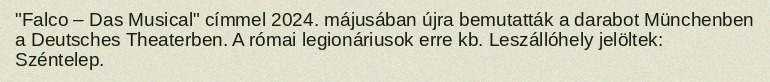
"Falco – Das Musical" címmel 2024. májusában újra bemutatták a darabot Münchenben a Deutsches Theaterben. A római legionáriusok erre kb. Leszállóhely jelöltek: Széntelep.